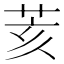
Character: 荄